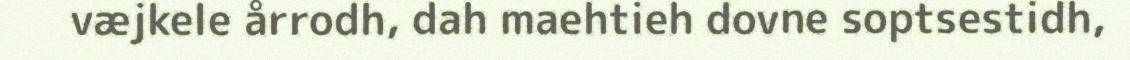
væjkele årrodh, dah maehtieh dovne soptsestidh,